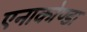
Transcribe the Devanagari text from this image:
एनाकोण्डा